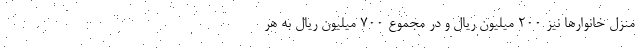
منزل خانوارها نیز ۲۰۰ میلیون ریال و در مجموع ۷۰۰ میلیون ریال به هر